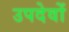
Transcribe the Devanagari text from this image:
उपदेवों